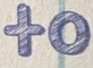
to